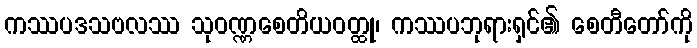
ကဿပဒသဗလဿ သုဝဏ္ဏစေတိယဝတ္ထု၊ ကဿပဘုရားရှင်၏ စေတီတော်ကို